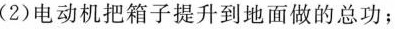
(2)电动机把箱子提升到地面做的总功；